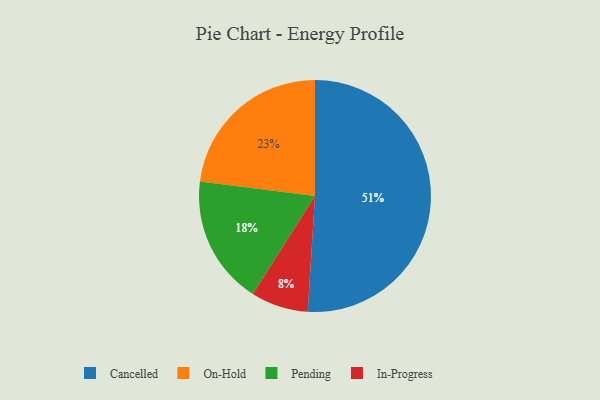
{"axis": {"x": "Category", "y": "Percentage"}, "legend": ["Cancelled", "In-Progress", "On-Hold", "Pending"], "data": [{"x": "In-Progress", "y": 8, "type": "In-Progress"}, {"x": "Pending", "y": 18, "type": "Pending"}, {"x": "Cancelled", "y": 51, "type": "Cancelled"}, {"x": "On-Hold", "y": 23, "type": "On-Hold"}]}